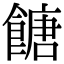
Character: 餹